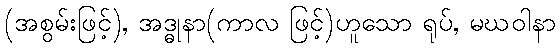
(အစွမ်းဖြင့်), အဒ္ဓုနာ(ကာလ ဖြင့်)ဟူသော ရုပ်, မဃဝါနာ